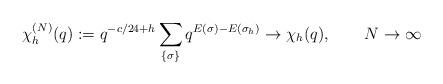
LaTeX: \begin{align*}\chi^{(N)}_h(q):=q^{-c/24+h}\sum_{\{\sigma\}} q^{E(\sigma)-E(\sigma_h)}\to \chi_h(q),\qquad N\to\infty\end{align*}